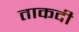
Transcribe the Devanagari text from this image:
ताकदी